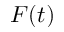
F ( t )